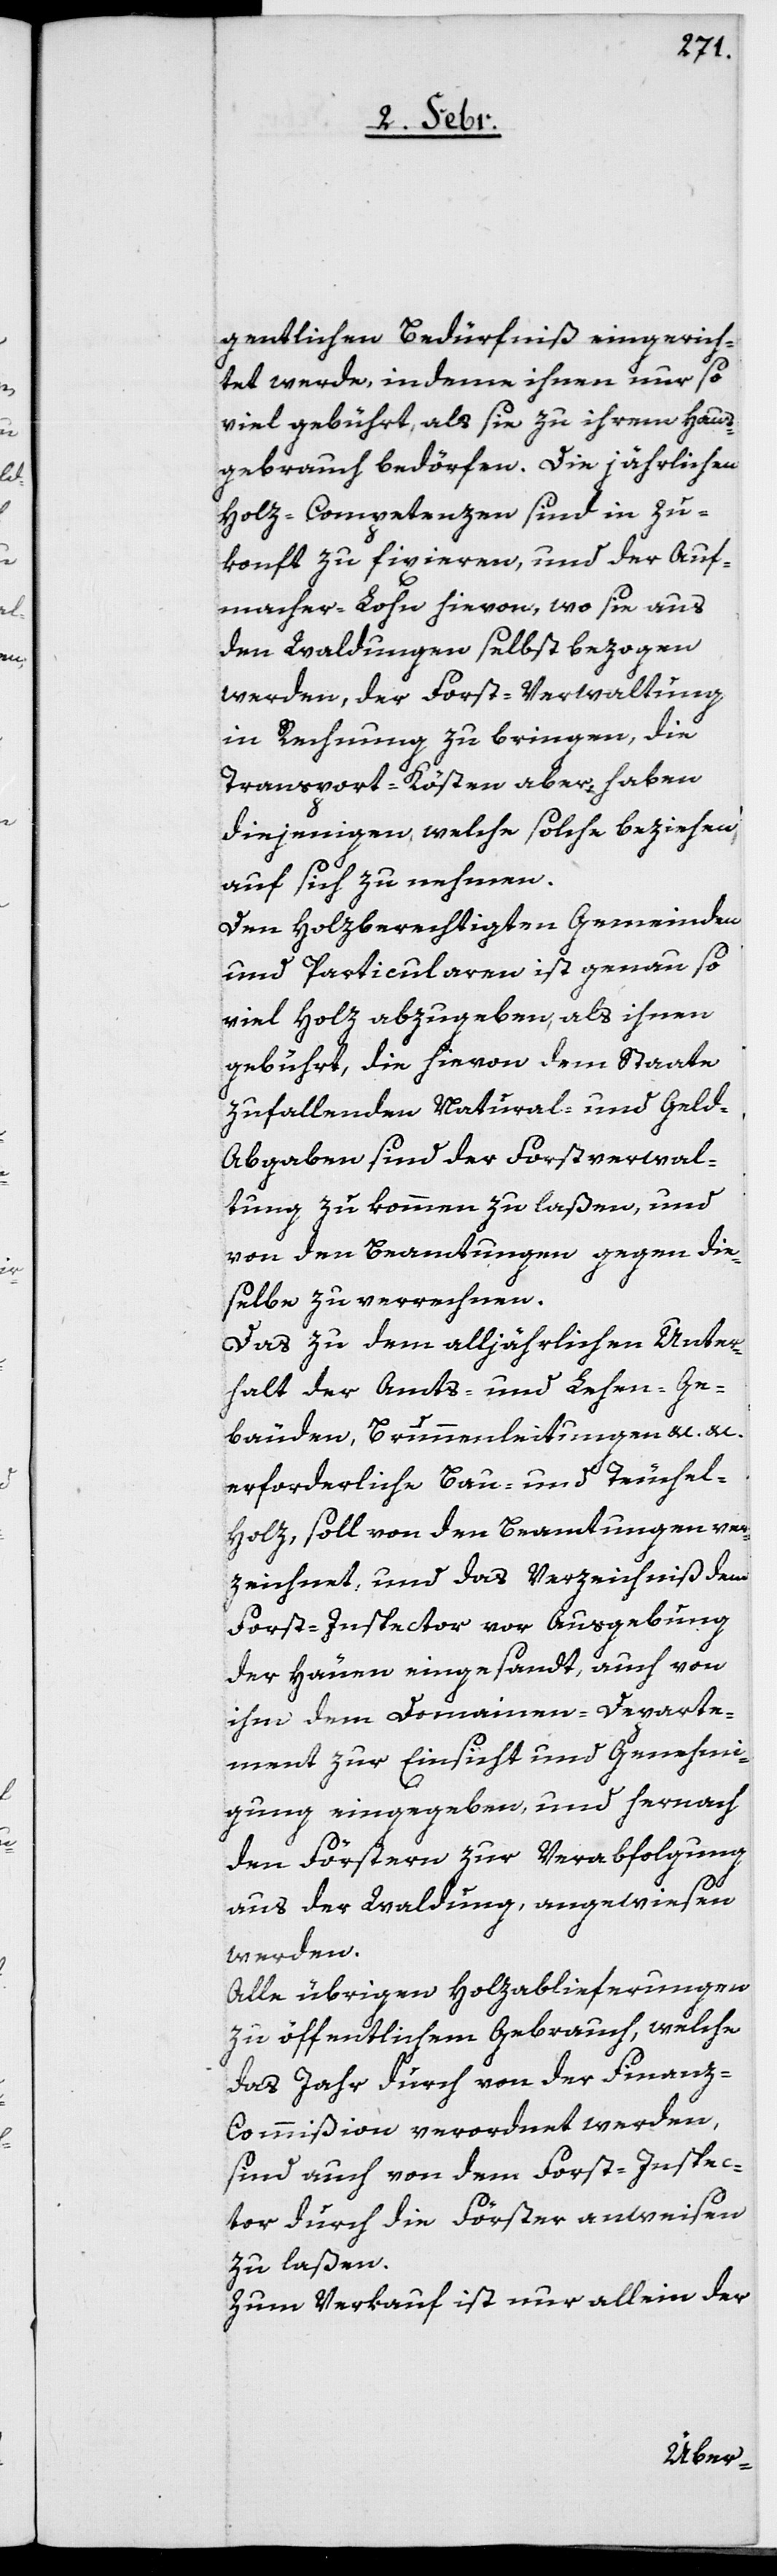
gentlichen Bedürfniß eingerich¬
tet werde, indeme ihnen nur so
viel gebührt, als sie zu ihrem Haus¬
gebrauch bedörfen.[“] Die jährlichen
Holz-Competenzen sind in Zu¬
konft zu fixieren, und der Auf¬
macher-Lohn hievon, wo sie aus
den Waldungen selbst bezogen
werden, der Forst-Verwaltung
in Rechnung zu bringen, die
Transport-Kösten aber, haben
diejenigen, welche solche beziehen,
auf sich zu nehmen.
Den Holzberechtigten Gemeinden
und Particularen ist genau so
viel Holz abzugeben, als ihnen
gebührt, die hievon dem Staate
zufallenden Natural- und Geld-A¬
bgaaben sind der Forstverwal¬
tung zu kommen zu laßen, und
von den Beamtungen gegen die¬
selbe zu verrechnen.
Das zu dem alljährlichen Unter¬
halt der Amts- und Lehen- Ge¬
bäuden, Brunnenleitungen &c. &c.
erforderliche Bau- und Teuchel-H¬
olz, soll von den Beamtungen ver¬
zeichnet, und das Verzeichniß dem
Forst-Inspector vor Ausgebung
der Häuen eingesandt, auch von
ihm dem Domainen-Departe¬
ment zur Einsicht und Genehmi¬
gung eingegeben, und hernach
den Förstern zur Verabfolgung
aus der Waldung, angewiesen
werden.
Alle übrigen Holzablieferungen
zu öffentlichem Gebrauch, welche
das Jahr durch von der Finan¬
z-Commißion verordnet werden,
sind auch von dem Forst-Inspec¬
tor durch die Förster anweisen
zu laßen.
Zum Verkauf ist nur allein der